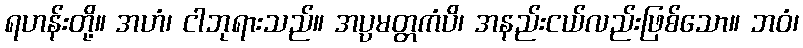
ရဟန်းတို့။ အဟံ၊ ငါဘုရားသည်။ အပ္ပမတ္တကံပိ၊ အနည်းငယ်လည်းဖြစ်သော။ ဘဝံ၊